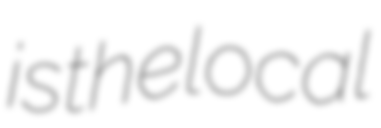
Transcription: is the local